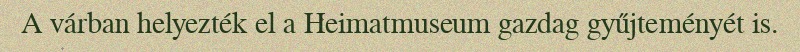
A várban helyezték el a Heimatmuseum gazdag gyűjteményét is.